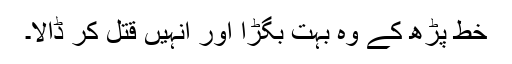
خط پڑھ کے وہ بہت بگڑا اور انہیں قتل کر ڈالا۔